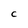
Character: C